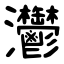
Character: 灪